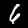
Digit: 6